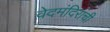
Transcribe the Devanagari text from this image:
वेदमंदिरांची